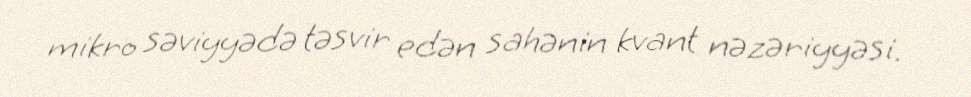
mikro səviyyədə təsvir edən sahənin kvant nəzəriyyəsi.